Papaver somniferum - Opium : an extract from the sixth volume of the Dictionary of Economic Products of India
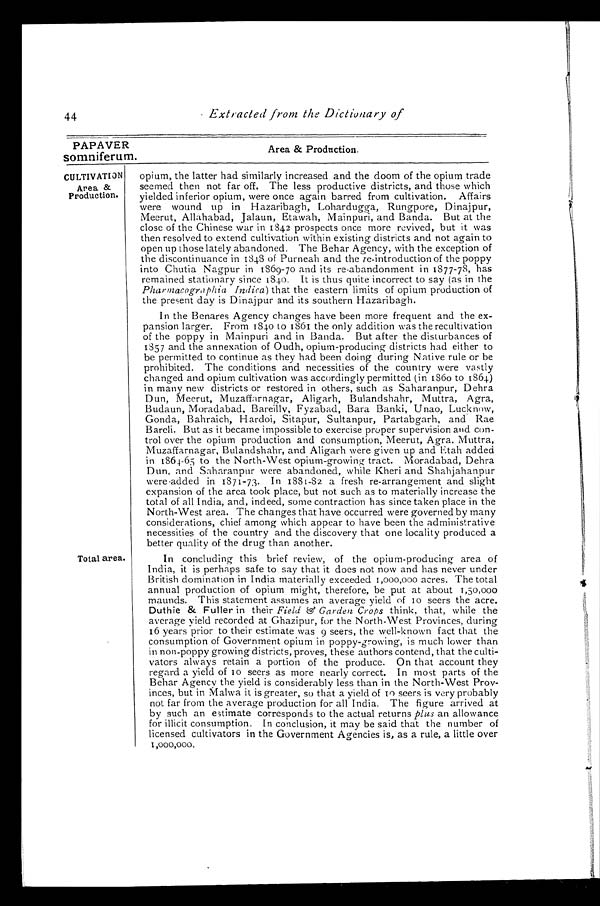
CULTIVATION
Area &
Production.
Total area.
44
Extracted from the Dictionary of
PAPA VER
Area & Production.
somniferum.
opium, the latter had similarly increased and the doom of the opium trade
seemed then not far off. The less productive districts, and those which
yielded inferior opium, were once again barred from cultivation. Affairs
were wound up in Hazaribagh, Lohardugga, Rungpore, Dinajpur,
Meerut, Allahabad, Jalaun, Etawah, Mainpuri, and Banda. But at the
close of the Chinese war in 1842 prospects once more revived, but it was
then resolved to extend cultivation within existing districts and not again to
open up those lately abandoned. The Behar Agency, with the exception of
the discontinuance in 1848 of Purneah and the re-introduction of the poppy
into Chutia Nagpur in 1869-70 and its re-abandonment in 1877-78, has
remained stationary since 1840. It is thus quite incorrect to say (as in the
Pharm acographia Indica) that the eastern limits of opium production of
the present day is Dinajpur and its southern Hazaribagh.
In the Benares Agency changes have been more frequent and the ex-
pansion larger. From 1840 to 1861 the only addition was the recultivation
of the poppy in Mainpuri and in Banda. But after the disturbances of
1857 and the annexation of Oudh, opium-producing districts had either to
be permitted to continue as they had been doing during Native rule or be
prohibited. The conditions and necessities of the country were vastly
changed and opium cultivation was accordingly permitted (in 1860 to 1864 )
in many new districts or restored in others, such as Saharanpur, Dehra
Dun, Meerut, Muzaffarnagar, Aligarh, Bulandshahr, Muttra, Agra,
Budaun, Moradabad. Bareillv, Fyzabad, Bara Banki, Unao, Lucknow,
Gonda, Bahraich, Hardoi, Sitapur, Sultanpur, Partabgarh, and Rae
Bareli. But as it became impossible to exercise proper supervision and con-
trol over the opium production and consumption, Meerut, Agra. Muttra,
Muzaffarnagar, Bulandshahr, and Aligarh were given up and Etah added
in 1864-65 to the North-West opium-growing tract. Moradabad, Dehra
Dun, and Saharanpur were abandoned, while Kheri and Shahjahanpur
were added in 1871-73. In 1881-82 a fresh re-arrangement and slight
expansion of the area took place, but not such as to materially increase the
total of all India, and, indeed, some contraction has since taken place in the
North-West area. The changes that have occurred were governed by many
considerations, chief among which appear to have been the administrative
necessities of the country and the discovery that one locality produced a
better quality of the drug than another.
In concluding this brief review, of the opium-producing area of
India, it is perhaps safe to say that it does not now and has never under
British domination in India materially exceeded 1,000,000 acres. The total
annual production of opium might, therefore, be put at about 1,50,000
maunds. This statement assumes an average yield of 10 seers the acre.
Duthie & Fuller in their Field&Garden Crops think, that, while the
average yield recorded at Ghazipur, for the North-West Provinces, during
16 years prior to their estimate was 9 seers, the well-known fact that the
consumption of Government opium in poppy-growing, is much lower than
in non-poppy growing districts, proves, these authors contend, that the culti-
vators always retain a portion of the produce. On that account they
regard a yield of 10 seers as more nearly correct. In most parts of the
Behar Agency the yield is considerably less than in the North-West Prov-
inces, but in Malwa it is greater, so that a yield of 10 seers is very probably
not far from the average production for all India. The figure arrived at
by such an estimate corresponds to the actual returns plus an allowance
for illicit consumption. In conclusion, it may be said that the number of
licensed cultivators in the Government Agencies is, as a rule, a little over
1 , 0 0 0 , 0 0 0